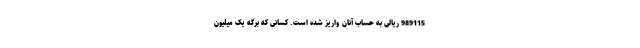
989115 ریالی به حساب آنان واریز شده است. کسانی که برگه یک میلیون